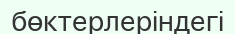
бөктерлеріндегі